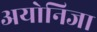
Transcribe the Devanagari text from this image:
अयोनिजा